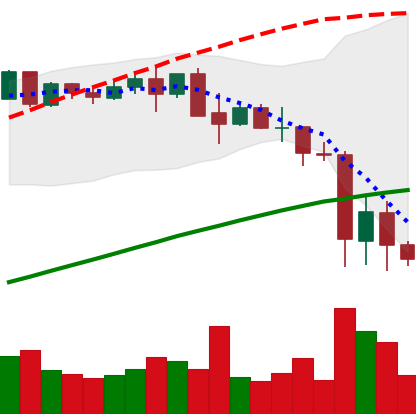
Ticker: BNB-USD
Chart end date: 2021-05-22
Forward return: 22.755%
Label: up_7plus